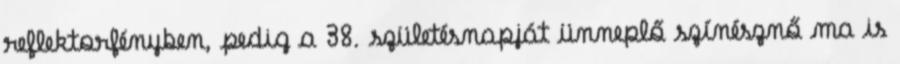
reflektorfényben, pedig a 38. születésnapját ünneplő színésznő ma is